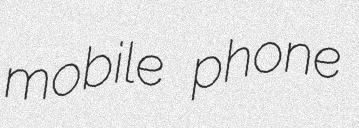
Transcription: mobile phone